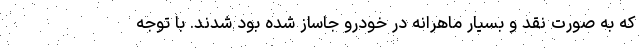
که به صورت نقد و بسیار ماهرانه در خودرو جاساز شده بود شدند. با توجه